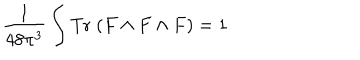
\frac { 1 } { 4 8 \pi ^ { 3 } } \int \mathrm { T r } \; ( F \wedge F \wedge F ) = 1